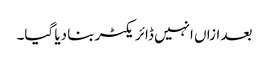
بعد ازاں انہیں ڈائر یکٹر بنا دیا گیا۔